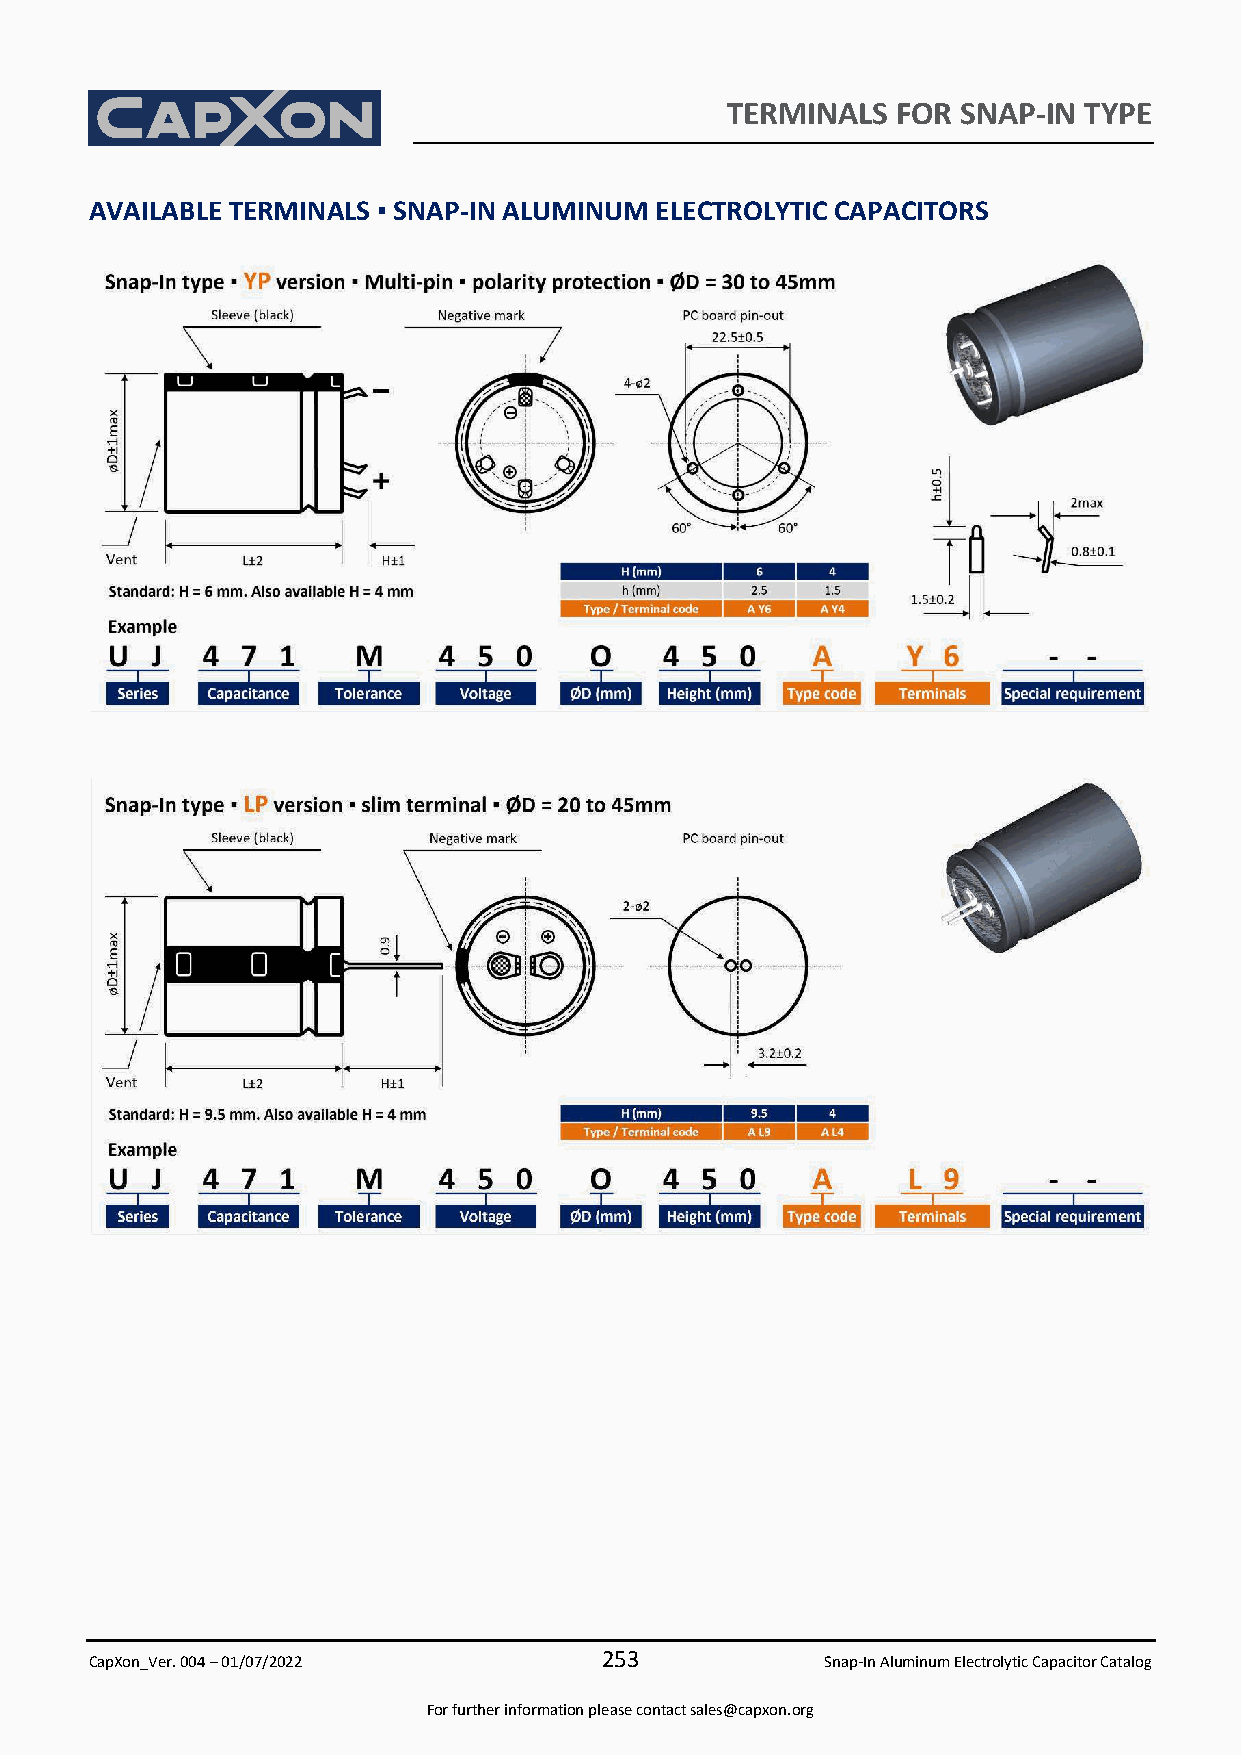
TERMINALS  FOR  SNAP-IN TYPE
 AVAILABLE TERMINALS ▪ SNAP-IN ALUMINUM ELECTROLYTIC CAPACITORS
 253
 CapXon_Ver. 004 – 01/07/2022                     Snap-In Aluminum Electrolytic Capacitor Catalog
 For further information please contact sales@capxon.org